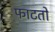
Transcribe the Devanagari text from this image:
फाटतो